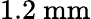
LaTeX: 1.2~\mathrm{mm}